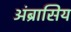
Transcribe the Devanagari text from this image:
अंब्रासिय